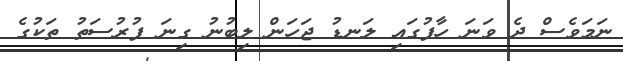
ނަމަވެސް ދެ ވަނަ ހާފުގައި ލަނޑު ޖަހަން ލިބުނު ގިނަ ފުރުސަތު ތަކުގެ